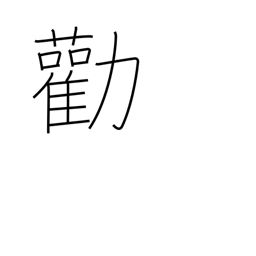
Meaning: advise